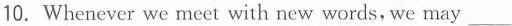
10. Whenever we meet with new words, we may ___